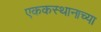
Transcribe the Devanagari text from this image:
एककस्थानाच्या